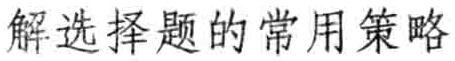
解选择题的常用策略